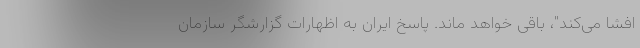
افشا می‌کند"، باقی خواهد ماند. پاسخ ایران به اظهارات گزارشگر سازمان